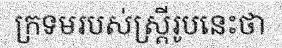
ក្រទមរបស់ស្ត្រីរូបនេះថា